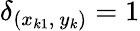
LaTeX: \delta_{(x_{k1},~y_{k})}=1